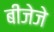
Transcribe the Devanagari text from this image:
बीजेजे